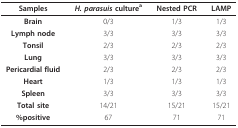
<table><thead><tr><td><b>Samples</b></td><td><b><i>H. parasuis </i>culture<sup>a</sup></b></td><td><b>Nested PCR</b></td><td><b>LAMP</b></td></tr></thead><tbody><tr><td><b>Brain</b></td><td>0/3</td><td>1/3</td><td>1/3</td></tr><tr><td><b>Lymph node</b></td><td>3/3</td><td>3/3</td><td>3/3</td></tr><tr><td><b>Tonsil</b></td><td>2/3</td><td>2/3</td><td>2/3</td></tr><tr><td><b>Lung</b></td><td>3/3</td><td>3/3</td><td>3/3</td></tr><tr><td><b>Pericardial fluid</b></td><td>2/3</td><td>2/3</td><td>2/3</td></tr><tr><td><b>Heart</b></td><td>1/3</td><td>1/3</td><td>1/3</td></tr><tr><td><b>Spleen</b></td><td>3/3</td><td>3/3</td><td>3/3</td></tr><tr><td><b>Total site</b></td><td>14/21</td><td>15/21</td><td>15/21</td></tr><tr><td><b>%positive</b></td><td>67</td><td>71</td><td>71</td></tr></tbody></table>